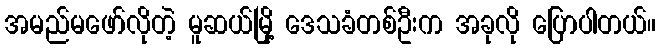
အမည်မဖော်လိုတဲ့ မူဆယ်မြို့ ဒေသခံတစ်ဦးက အခုလို ပြောပါတယ်။